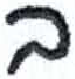
אות: ב